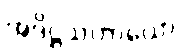
အဒိဋ္ဌသဟာယော